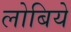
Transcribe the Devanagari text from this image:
लोबिये